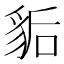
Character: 𧲿